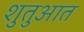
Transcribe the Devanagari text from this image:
शुतुआत